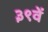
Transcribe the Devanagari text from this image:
३९वें